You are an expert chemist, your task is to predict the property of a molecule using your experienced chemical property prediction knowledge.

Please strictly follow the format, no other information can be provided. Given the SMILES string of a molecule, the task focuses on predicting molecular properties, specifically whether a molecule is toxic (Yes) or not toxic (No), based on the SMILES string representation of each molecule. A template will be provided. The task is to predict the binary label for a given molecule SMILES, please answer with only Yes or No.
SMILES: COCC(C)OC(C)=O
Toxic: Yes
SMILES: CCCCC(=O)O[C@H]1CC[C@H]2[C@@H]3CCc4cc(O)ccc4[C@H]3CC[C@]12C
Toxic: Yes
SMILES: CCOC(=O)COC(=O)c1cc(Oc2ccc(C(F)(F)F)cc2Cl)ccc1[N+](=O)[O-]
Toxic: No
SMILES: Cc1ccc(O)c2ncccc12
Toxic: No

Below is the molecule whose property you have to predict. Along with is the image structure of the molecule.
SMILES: CCc1c(C)[nH]c2c1C(=O)C(CN1CCOCC1)CC2
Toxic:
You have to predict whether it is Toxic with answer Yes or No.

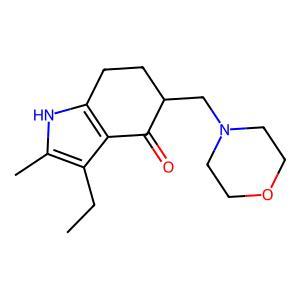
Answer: No